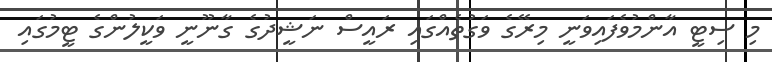
މި ސިޓީ އާންމުވެފައިވަނީ މިރޭގެ ވަގުތެއްގައި ރައީސް ނަޝީދުގެ ގާނޫނީ ވަކީލުންގެ ޓީމުގައި